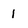
Character: 1